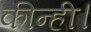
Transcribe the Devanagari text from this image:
कीन्ही।